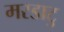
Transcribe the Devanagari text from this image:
मरडाटु